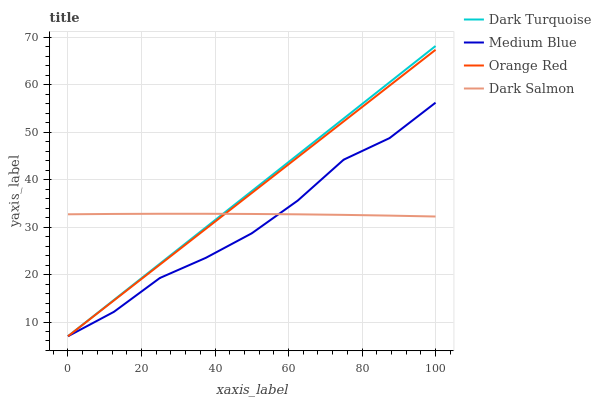
| xaxis_label | Dark Turquoise | Medium Blue | Orange Red | Dark Salmon |
 | --- | --- | --- | --- | --- |
 | 0 | 7 | 7 | 7 | 32.7 |
 | 12.5 | 14.6 | 12.1 | 14.6 | 32.8 |
 | 25 | 22.3 | 19.3 | 22.1 | 32.8 |
 | 37.5 | 29.9 | 23.5 | 29.7 | 32.8 |
 | 50 | 37.6 | 28.7 | 37.2 | 32.8 |
 | 62.5 | 45.2 | 35.6 | 44.8 | 32.7 |
 | 75 | 52.9 | 44.2 | 52.3 | 32.6 |
 | 87.5 | 60.5 | 48.8 | 59.9 | 32.4 |
 | 100 | 68.2 | 56.3 | 67.4 | 32.2 |